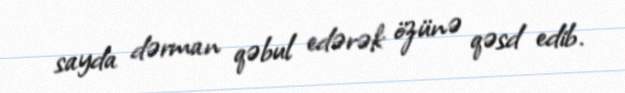
sayda dərman qəbul edərək özünə qəsd edib.